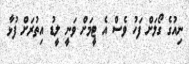
ނިއުގެ ގޯލަށް ފަހު ވެސް އެ ޓީމަށް ވަނީ ލީޑު އިތުރަށް ފުޅާ